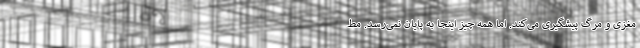
مغزی و مرگ پیشگیری می‌کند. اما همه چیز اینجا به پایان نمی‌رسد. مط